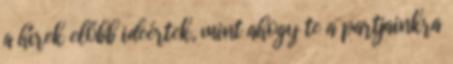
a hírek előbb ideértek, mint ahogy te a partjainkra